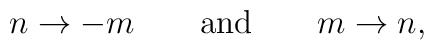
n \rightarrow -m \qquad \mbox{and} \qquad m \rightarrow n,